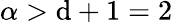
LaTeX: \alpha>\mathrm{d}+1=2